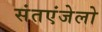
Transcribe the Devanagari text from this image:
संतएंजेलो